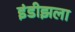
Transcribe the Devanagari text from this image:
इंडीझला